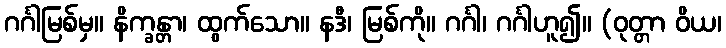
ဂင်္ဂါမြစ်မှ။ နိက္ခန္တာ၊ ထွက်သော။ နဒီ၊ မြစ်ကို။ ဂင်္ဂါ၊ ဂင်္ဂါဟူ၍။ (ဝုတ္တာ ဝိယ၊